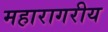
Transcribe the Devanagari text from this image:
महारागरीय